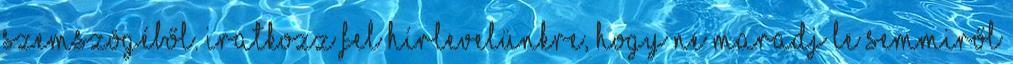
szemszögéből. Iratkozz fel hírlevelünkre, hogy ne maradj le semmiről